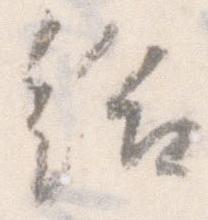
給